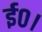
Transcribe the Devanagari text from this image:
ई०।